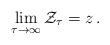
LaTeX: \begin{align*}\lim_{\tau \to \infty} \mathcal{Z}_{\tau}= z\,.\end{align*}